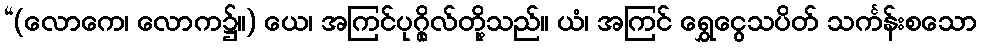
“(လောကေ၊ လောက၌။) ယေ၊ အကြင်ပုဂ္ဂိုလ်တို့သည်။ ယံ၊ အကြင် ရွှေငွေသပိတ် သင်္ကန်းစသော